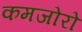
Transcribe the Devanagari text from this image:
कमजोरो